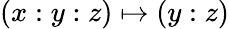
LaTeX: (x:y:z)\mapsto(y:z)